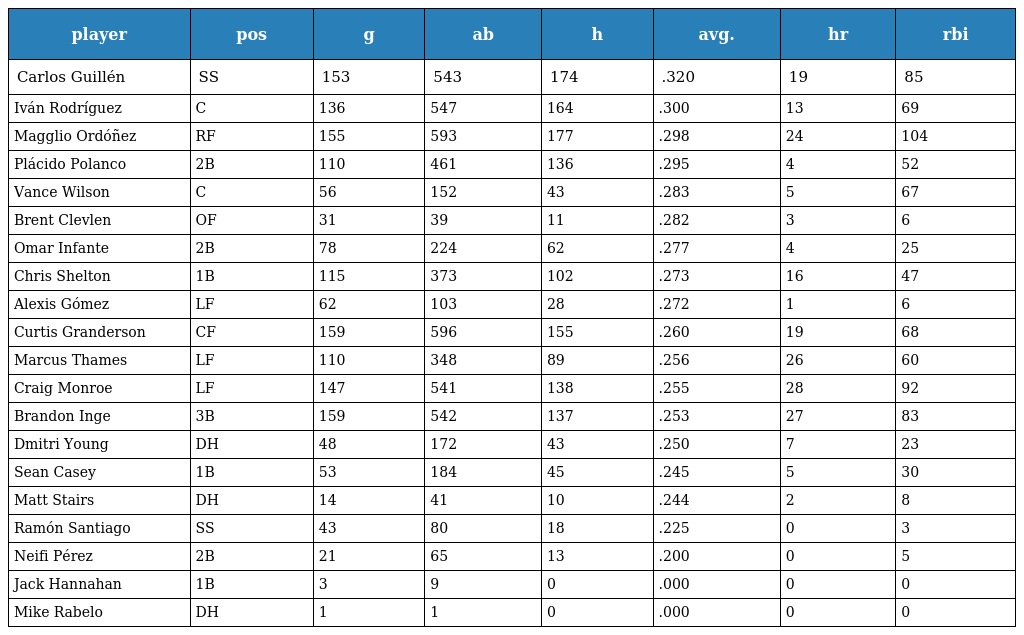
| player | pos | g | ab | h | avg. | hr | rbi |
 | --- | --- | --- | --- | --- | --- | --- | --- |
 | Carlos Guillén | SS | 153 | 543 | 174 | .320 | 19 | 85 |
 | Iván Rodríguez | C | 136 | 547 | 164 | .300 | 13 | 69 |
 | Magglio Ordóñez | RF | 155 | 593 | 177 | .298 | 24 | 104 |
 | Plácido Polanco | 2B | 110 | 461 | 136 | .295 | 4 | 52 |
 | Vance Wilson | C | 56 | 152 | 43 | .283 | 5 | 67 |
 | Brent Clevlen | OF | 31 | 39 | 11 | .282 | 3 | 6 |
 | Omar Infante | 2B | 78 | 224 | 62 | .277 | 4 | 25 |
 | Chris Shelton | 1B | 115 | 373 | 102 | .273 | 16 | 47 |
 | Alexis Gómez | LF | 62 | 103 | 28 | .272 | 1 | 6 |
 | Curtis Granderson | CF | 159 | 596 | 155 | .260 | 19 | 68 |
 | Marcus Thames | LF | 110 | 348 | 89 | .256 | 26 | 60 |
 | Craig Monroe | LF | 147 | 541 | 138 | .255 | 28 | 92 |
 | Brandon Inge | 3B | 159 | 542 | 137 | .253 | 27 | 83 |
 | Dmitri Young | DH | 48 | 172 | 43 | .250 | 7 | 23 |
 | Sean Casey | 1B | 53 | 184 | 45 | .245 | 5 | 30 |
 | Matt Stairs | DH | 14 | 41 | 10 | .244 | 2 | 8 |
 | Ramón Santiago | SS | 43 | 80 | 18 | .225 | 0 | 3 |
 | Neifi Pérez | 2B | 21 | 65 | 13 | .200 | 0 | 5 |
 | Jack Hannahan | 1B | 3 | 9 | 0 | .000 | 0 | 0 |
 | Mike Rabelo | DH | 1 | 1 | 0 | .000 | 0 | 0 |